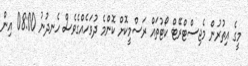
މީގެ އިތުރުން މެޖިސްޓްރޭޓް ކޯޓުތައް ރަސްމީކޮށް ކޮންމެ ދުވަހެއްގެވެސް ހެނދުނު 08:00 އިން